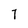
Character: 7